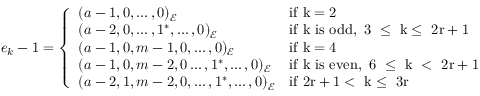
e _ { k } - 1 = \left\{ \begin{array} { l l } { ( a - 1 , 0 , \ldots , 0 ) _ { \mathcal { E } } } & { \mathrm { i f ~ k = 2 ~ } } \\ { ( a - 2 , 0 , \ldots , 1 ^ { * } , \ldots , 0 ) _ { \mathcal { E } } } & { \mathrm { i f ~ k ~ i s ~ o d d , ~ 3 ~ \leq ~ k \leq ~ 2 r + 1 ~ } } \\ { ( a - 1 , 0 , m - 1 , 0 , \ldots , 0 ) _ { \mathcal { E } } } & { \mathrm { i f ~ k = 4 ~ } } \\ { ( a - 1 , 0 , m - 2 , 0 \ldots , 1 ^ { * } , \ldots , 0 ) _ { \mathcal { E } } } & { \mathrm { i f ~ k ~ i s ~ e v e n , ~ 6 ~ \leq ~ k ~ < ~ 2 r + 1 ~ } } \\ { ( a - 2 , 1 , m - 2 , 0 , \ldots , 1 ^ { * } , \ldots , 0 ) _ { \mathcal { E } } } & { \mathrm { i f ~ 2 r + 1 < ~ k \leq ~ 3 r ~ } } \end{array} \right.